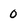
Character: 0